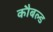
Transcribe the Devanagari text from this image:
कौबल्ड